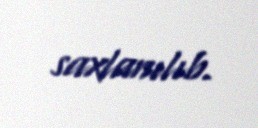
saxlanılıb.